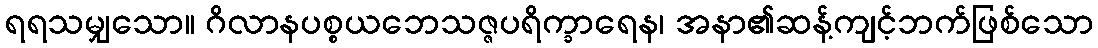
ရရသမျှသော။ ဂိလာနပစ္စယဘေသဇ္ဇပရိက္ခာရေန၊ အနာ၏ဆန့်ကျင့်ဘက်ဖြစ်သော